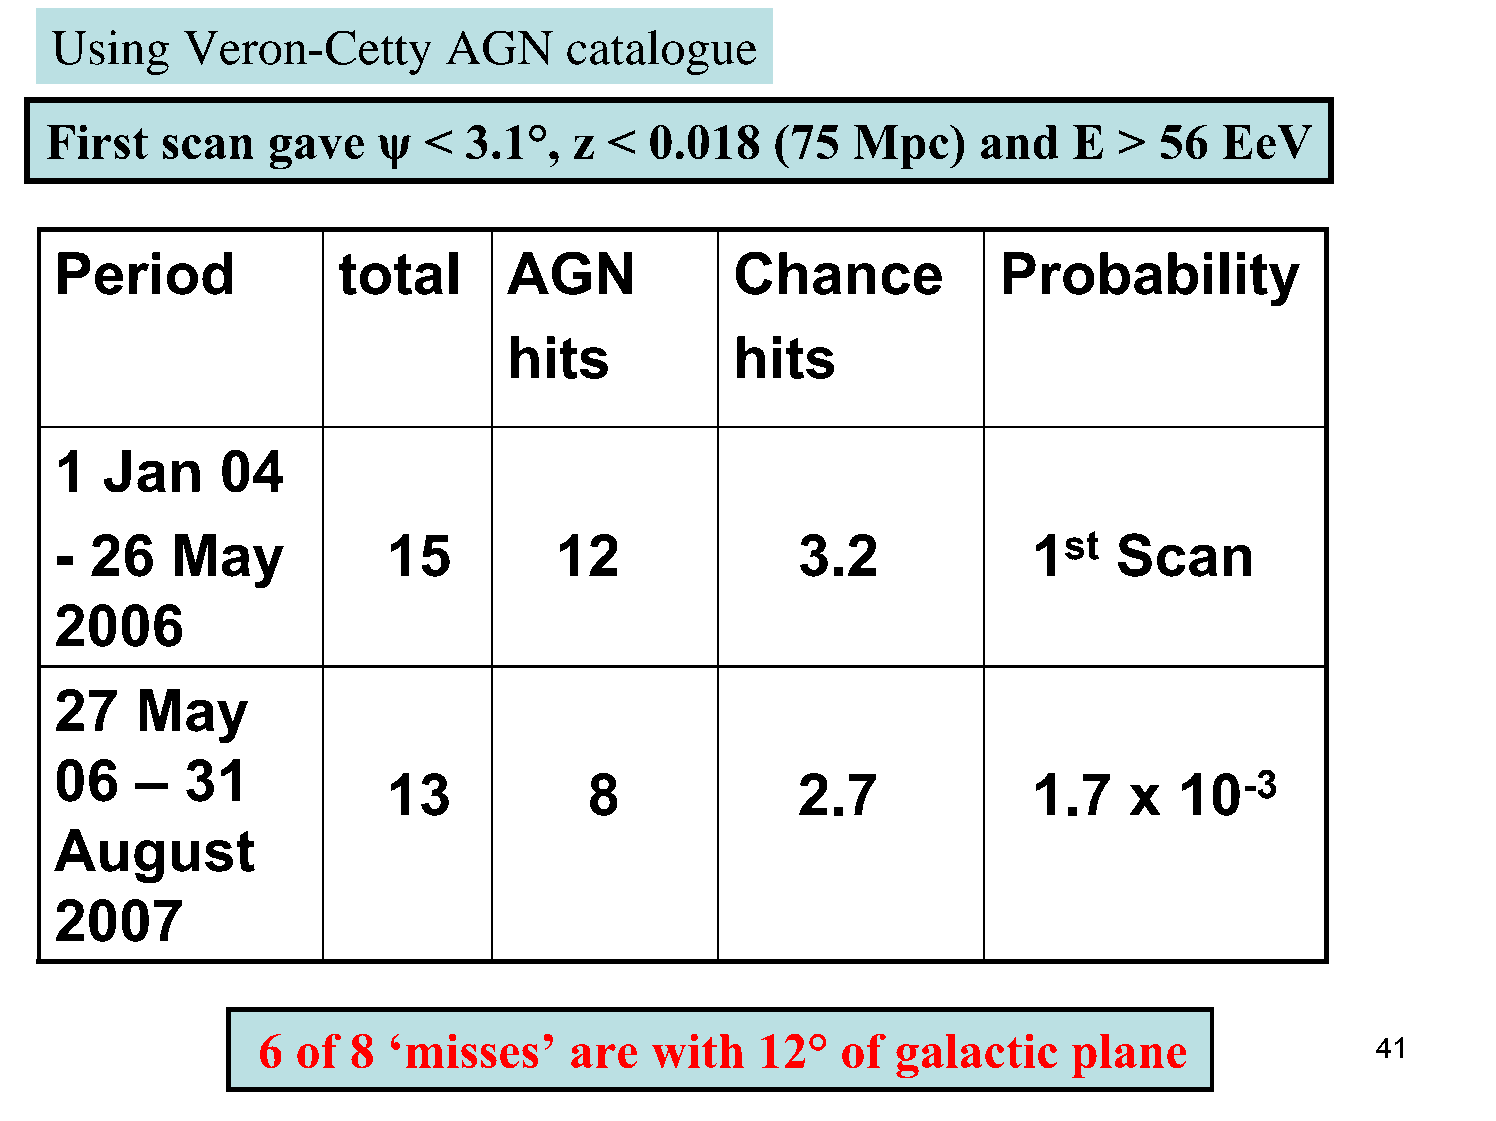
Using    Veron-Cetty       AGN     catalogue
 First   scan   gave   ψ  <  3.1°,  z <  0.018   (75   Mpc)    and   E  >  56  EeV
 Period            total       AGN            Chance           Probability
 hits           hits
 1  Jan     04
 - 26   May            15         12              3.2            1st   Scan
 2006
 27   May
 06   –  31
 13           8             2.7            1.7    x  10-3
 August
 2007
 6  of 8  ‘misses’    are  with   12°   of galactic    plane
 41